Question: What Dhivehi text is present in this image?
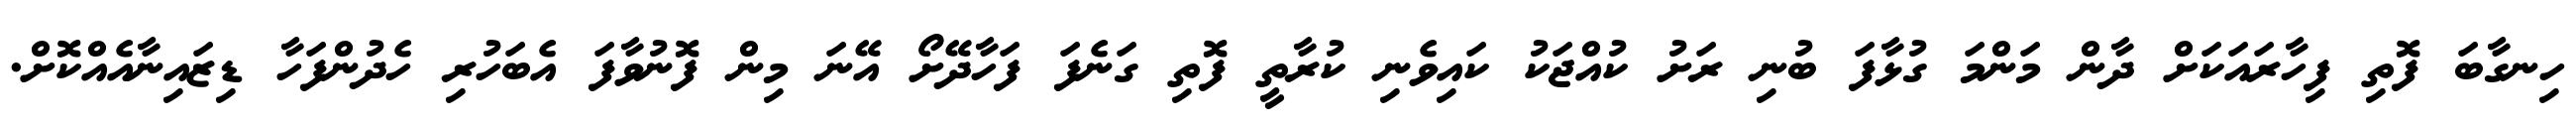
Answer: ހިނގާބަ ފޮތި ފިހާރައަކަށް ދާން މަންމަ ގުޅާފަ ބުނި ރަށު ކުއްޖަކު ކައިވެނި ކުރާތީ ފޮތި ގަނެފަ ފަހާދޭށޯ އޭނަ މިން ފޮނުވާފަ އެބަހުރި ހެދުންފަހާ ޑިޒައިނާއެއްކޮށް.